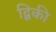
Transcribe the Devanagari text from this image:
द्विकी